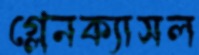
গ্লেনক্যাসল